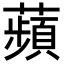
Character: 蘋